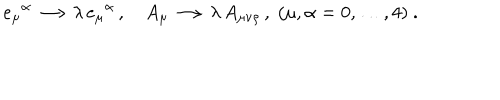
LaTeX: e _ { \mu } { } ^ { \alpha } \longrightarrow \lambda \, e _ { \mu } { } ^ { \alpha } \, , \quad A _ { \mu } \longrightarrow \lambda \, A _ { \mu \nu \rho } \, , \; ( \mu , \alpha = 0 , \ldots , 4 ) \ .